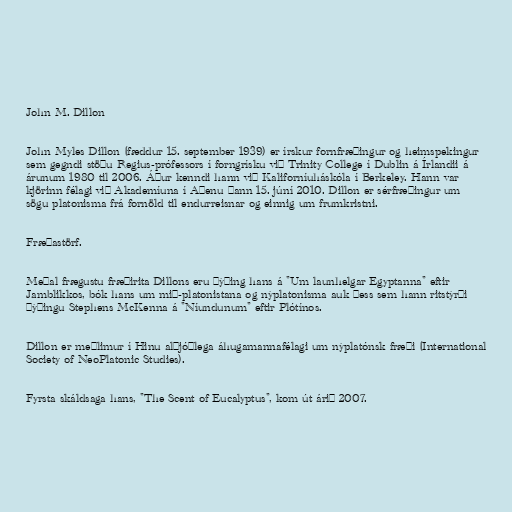
John M. Dillon

John Myles Dillon (fæddur 15. september 1939) er írskur fornfræðingur og heimspekingur
sem gegndi stöðu Regius-prófessors í forngrísku við Trinity College í Dublin á Írlandii á
árunum 1980 til 2006. Áður kenndi hann við Kaliforníuháskóla í Berkeley. Hann var
kjörinn félagi við Akademíuna í Aþenu þann 15. júní 2010. Dillon er sérfræðingur um
sögu platonisma frá fornöld til endurreisnar og einnig um frumkristni.

Fræðastörf.

Meðal frægustu fræðirita Dillons eru þýðing hans á "Um launhelgar Egyptanna" eftir
Jamblikkos, bók hans um mið-platonistana og nýplatonisma auk þess sem hann ritstýrði
þýðingu Stephens McKenna á "Níundunum" eftir Plótínos.

Dillon er meðlimur í Hinu alþjóðlega áhugamannafélagi um nýplatónsk fræði (International
Society of NeoPlatonic Studies).

Fyrsta skáldsaga hans, "The Scent of Eucalyptus", kom út árið 2007.